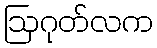
ဩဂုတ်လက